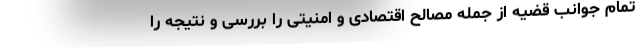
تمام جوانب قضیه از جمله مصالح اقتصادی و امنیتی را بررسی و نتیجه را